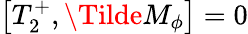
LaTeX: \left[T_{2}^{+},\Tilde{M}_{\phi}\right]=0